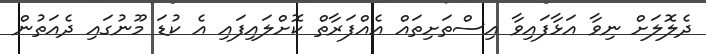
ދެލޮލަށް ނިވާ އަޅާފައިވާ އިސްތަށިތައް އެއްފަރާތް ކޮށްލައިފައި އެ ކުޑަ މޫނުގައި ދެއަތުން